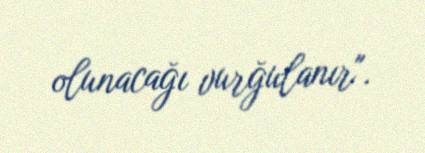
olunacağı vurğulanır".